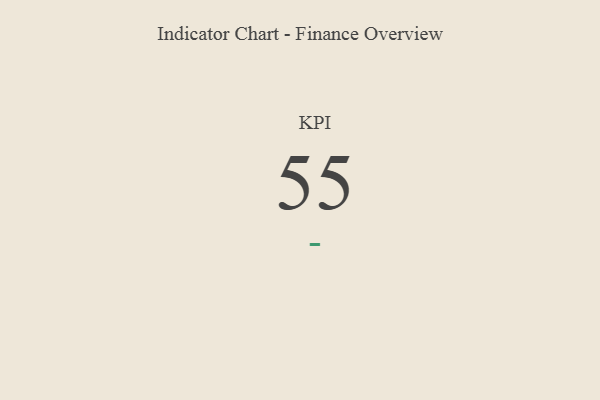
{"axis": {"x": "KPI", "y": "Value"}, "legend": [""], "data": [{"x": "KPI", "y": 55, "type": ""}]}